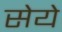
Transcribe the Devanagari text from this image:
सेये